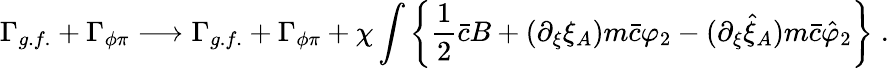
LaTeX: \Gamma_{g.f.}+\Gamma_{\phi\pi}\longrightarrow\Gamma_{g.f.}+\Gamma_{\phi\pi}+\chi\int\left\{ \frac 12\bar{c}B+(\partial_{\xi}\xi_{A})m\bar{c}\varphi_{2}-(\partial_{\xi}\hat{\xi}_{A})m\bar{c}\hat{\varphi}_{2}\right\} \; .